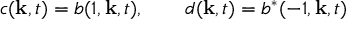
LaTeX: c ( { \bf k } , t ) = b ( 1 , { \bf k } , t ) , \qquad d ( { \bf k } , t ) = b ^ { \ast } ( - 1 , { \bf k } , t )